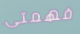
فهمتى